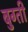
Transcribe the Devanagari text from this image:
बुग्ती